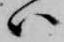
ハ